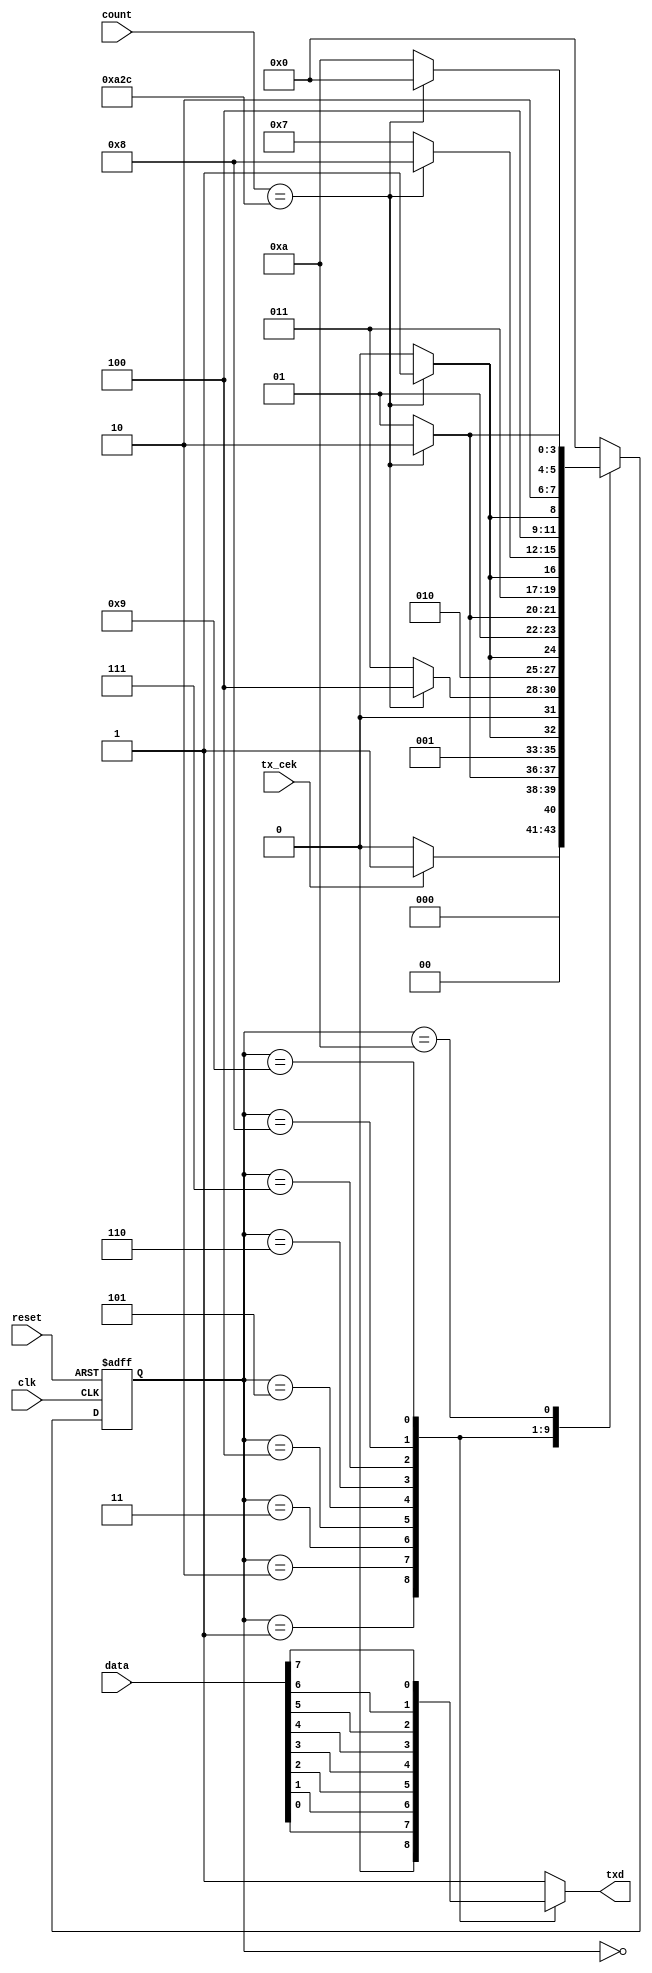
module state_machine(input clk, reset, 
           input tx_cek,
           input [11:0] count,
           input [7:0] data,
           output reg txd);


reg[3:0] state, nextstate;

parameter s0 = 4'b0000;
parameter s1 = 4'b0001;
parameter s2 = 4'b0010;
parameter s3 = 4'b0011;
parameter s4 = 4'b0100;
parameter s5 = 4'b0101;
parameter s6 = 4'b0110;
parameter s7 = 4'b0111;
parameter s8 = 4'b1000;
parameter s9 = 4'b1001;
parameter s10 = 4'b1010;



// state register
always @(posedge clk, negedge reset)
begin
     if(~reset) state <= s0;
     else state <= nextstate;
end

// next state logic
always @(*)
begin
case (state)
   s0: if (tx_cek==1) nextstate = s1;
       else nextstate = s0;

   s1: if (count==2604) nextstate = s2;
       else nextstate = s1;

   s2: if (count==2604) nextstate = s3;
       else nextstate = s2;

   s3: if (count==2604) nextstate = s4;
       else nextstate = s3;

   s4: if (count==2604) nextstate = s5;
       else nextstate = s4;

   s5: if (count==2604) nextstate = s6;
       else nextstate = s5;
   
   s6: if (count==2604) nextstate = s7;
       else nextstate = s6;
 
   s7: if (count==2604) nextstate = s8;
       else nextstate = s7;

   s8: if (count==2604) nextstate = s9;
       else nextstate = s8;

   s9: if (count==2604) nextstate = s10;
       else nextstate = s9;

   s10: if (count==2604) nextstate = s0;
       else nextstate = s10;

   default: nextstate <= s0;
endcase
end
//output logic

always @(*)
begin
case(state)
     s0: txd <= 1;
     s1: txd <= 0;
     s2: txd <= data[0];
     s3: txd <= data[1];
     s4: txd <= data[2];
     s5: txd <= data[3];
     s6: txd <= data[4];
     s7: txd <= data[5];
     s8: txd <= data[6];
     s9: txd <= data[7];
     s10: txd <= 1;
     default: txd <= 1;
endcase
end 
endmodule